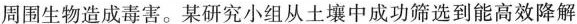
周围生物造成毒害。某研究小组从土壤中成功筛选到能高效降解